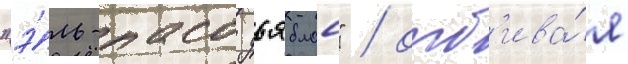
"э́ль-пасо дьяблос" / отб'ива́я